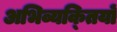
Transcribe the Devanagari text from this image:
अभिव्यक्‍तियों